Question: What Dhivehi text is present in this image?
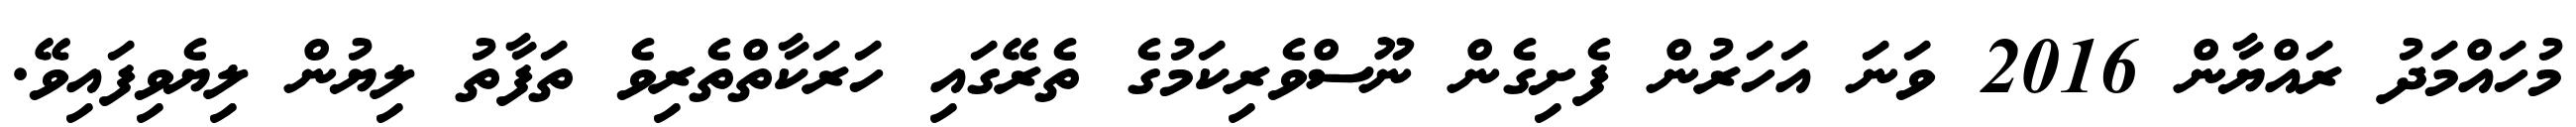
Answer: މުހައްމަދު ރައްޔާން 2016 ވަނަ އަހަރުން ފެށިގެން ނޫސްވެރިކަމުގެ ތެރޭގައި ހަރަކާތްތެރިވެ ތަފާތު ލިޔުން ލިޔެވިފައިވޭ.